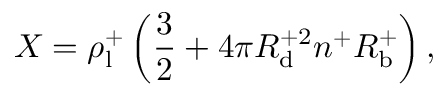
X = \rho _ { \mathrm { l } } ^ { + } \left( \frac { 3 } { 2 } + 4 \pi R _ { \mathrm { d } } ^ { + 2 } n ^ { + } R _ { \mathrm { b } } ^ { + } \right) ,